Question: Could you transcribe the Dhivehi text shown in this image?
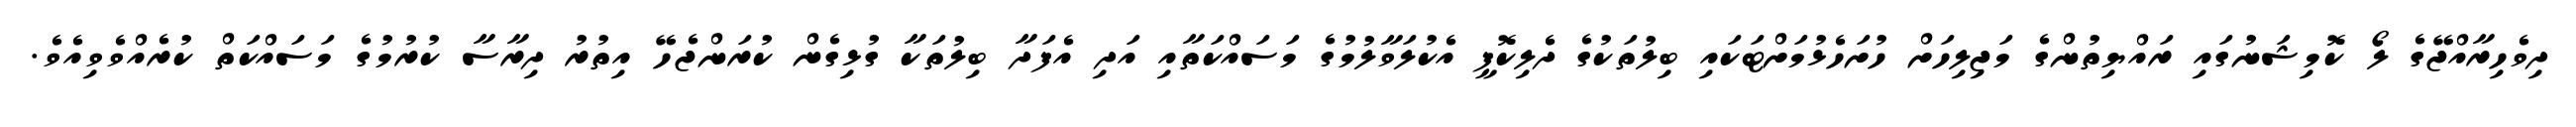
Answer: ދިވެހިރާއްޖޭގެ ލޯ ކޮމިޝަނުގައި ރައްޔިތުންގެ މަޖިލިހަށް ހުށަހެޅުމަށްޓަކައި ބިލުތަކުގެ ދެލިކޮޕީ އެކުލަވާލުމުގެ މަސައްކަތާއި އަދި އެފަދާ ބިލުތަކާ ގުޅިގެން ކުރަންޖެހޭ އިތުރު ދިރާސާ ކުރުމުގެ މަސައްކަތް ކުރެއްވެވިއެވެ.